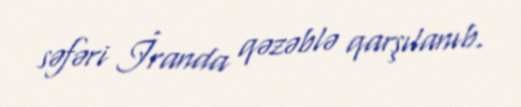
səfəri İranda qəzəblə qarşılanıb.